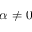
\alpha \ne 0